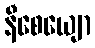
နီစေယျော